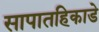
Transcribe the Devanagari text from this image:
सापातहिकाडे